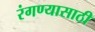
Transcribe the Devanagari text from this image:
रंगण्यासाठी